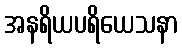
အနရိယပရိယေသနာ